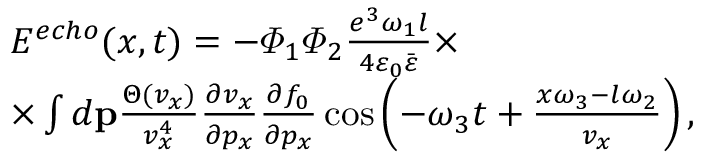
\begin{array} { r l } & { E ^ { e c h o } ( x , t ) = - \varPhi _ { 1 } \varPhi _ { 2 } \frac { e ^ { 3 } \omega _ { 1 } l } { 4 \varepsilon _ { 0 } \bar { \varepsilon } } \times } \\ & { \times \int d { \bf p } \frac { \Theta ( v _ { x } ) } { v _ { x } ^ { 4 } } \frac { \partial v _ { x } } { \partial p _ { x } } \frac { \partial f _ { 0 } } { \partial p _ { x } } \cos \left( - \omega _ { 3 } t + \frac { x \omega _ { 3 } - l \omega _ { 2 } } { v _ { x } } \right) , } \end{array}